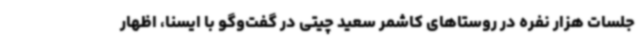
جلسات هزار نفره در روستاهای کاشمر سعید چیتی در گفت‌وگو با ایسنا، اظهار